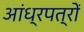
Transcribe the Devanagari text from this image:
आंध्रपत्रों